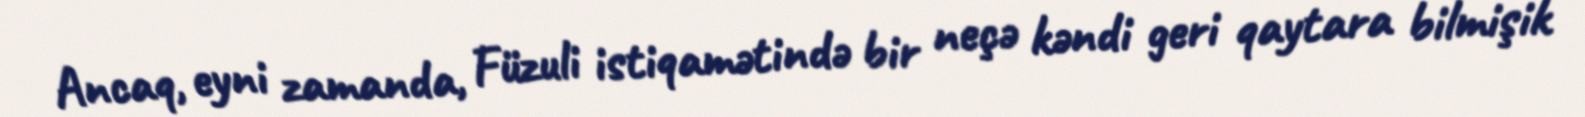
Ancaq, eyni zamanda, Füzuli istiqamətində bir neçə kəndi geri qaytara bilmişik